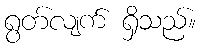
ရွတ်လျက် ရှိသည်။